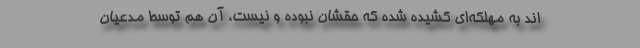
اند به مهلکه‌ای کشیده شده که حقشان نبوده و نیست، آن‌ هم توسط مدعیان